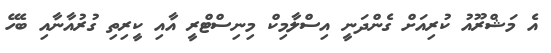
އެ މަޝްރޫއު ކުރިއަށް ގެންދަނީ އިސްލާމިކް މިނިސްޓްރީ އާއި ކީރިތި ގުރުއާނާއި ބެހޭ